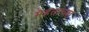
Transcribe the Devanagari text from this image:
मेहताच्या